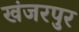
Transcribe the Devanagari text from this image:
खंजरपुर